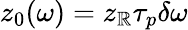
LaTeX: z_{0}(\omega)=z_{\mathbb{R}}\tau_{p}\delta\omega